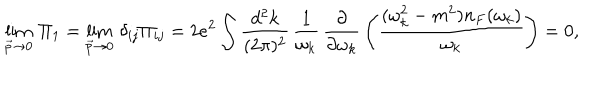
LaTeX: \lim _ { \vec { p } \rightarrow 0 } \, \Pi _ { 1 } = \lim _ { \vec { p } \rightarrow 0 } \, \delta _ { i j } \Pi _ { i j } = 2 e ^ { 2 } \int { \frac { d ^ { 2 } k } { ( 2 \pi ) ^ { 2 } } } \, { \frac { 1 } { \omega _ { k } } } \, { \frac { \partial } { \partial \omega _ { k } } } \left( { \frac { ( \omega _ { k } ^ { 2 } - m ^ { 2 } ) n _ { F } ( \omega _ { k } ) } { \omega _ { k } } } \right) = 0 ,